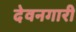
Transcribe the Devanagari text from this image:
देवनगारी